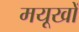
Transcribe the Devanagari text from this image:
मयूखों